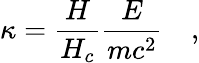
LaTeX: \kappa=\frac{H}{H_{c}}\frac{E}{mc^{2}}\quad,